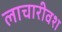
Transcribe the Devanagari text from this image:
लाचारीवश